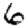
Digit: 6